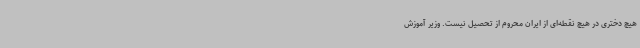
هیچ دختری در هیچ نقطه‌ای از ایران محروم از تحصیل نیست. وزیر آموزش